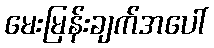
မေးမြန်းချက်အပေါ်